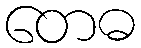
တေဓ